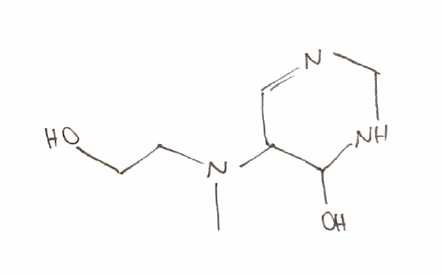
Simplified molecular-input line-entry system (SMILES) notation of the given molecule:
CN(CCO)C1C=NCNC1O